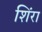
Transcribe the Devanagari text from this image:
शिंरा